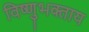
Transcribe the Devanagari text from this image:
विष्णुभक्ताय